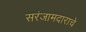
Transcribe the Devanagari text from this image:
सरंजामदाराचे